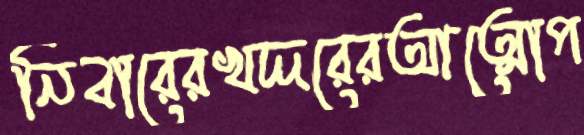
নিবারেরখদ্দরেরআত্মোপ